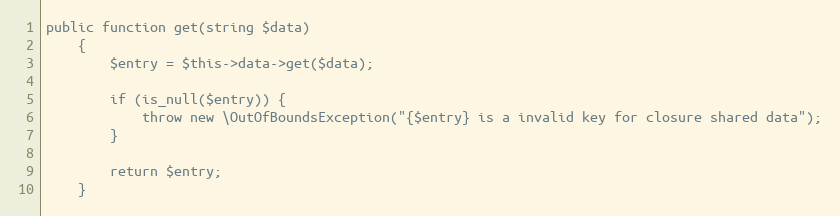
Language: PHP
public function get(string $data)
    {
        $entry = $this->data->get($data);

        if (is_null($entry)) {
            throw new \OutOfBoundsException("{$entry} is a invalid key for closure shared data");
        }

        return $entry;
    }